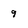
Character: 9